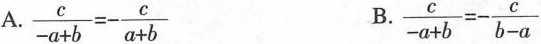
A.$$\frac { c } { - a + b } = - \frac { c } { a + b }$$ B.$$\frac { c } { - a + b } = -